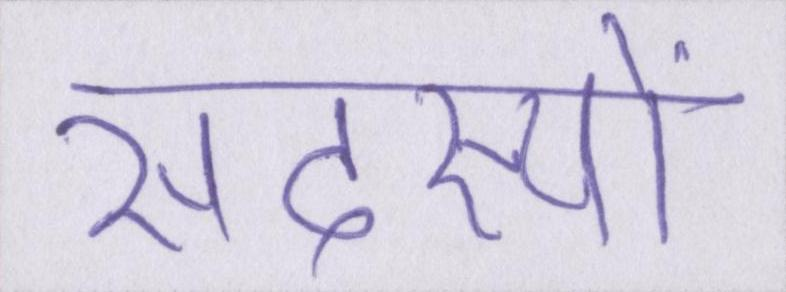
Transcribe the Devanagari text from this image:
सदस्यों